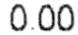
0.00